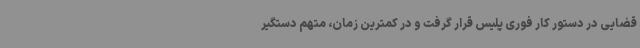
قضایی در دستور کار فوری پلیس قرار گرفت و در کمترین زمان، متهم دستگیر